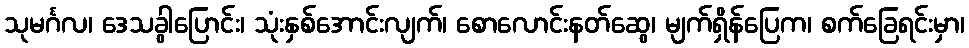
သုမင်္ဂလ၊ ဒေသခွါပြောင်း၊ သုံးနှစ်အောင်းလျက်၊ စောလောင်းနတ်ဆွေ၊ မျက်ရှိန်ပြေက၊ စက်ခြေရင်းမှာ၊